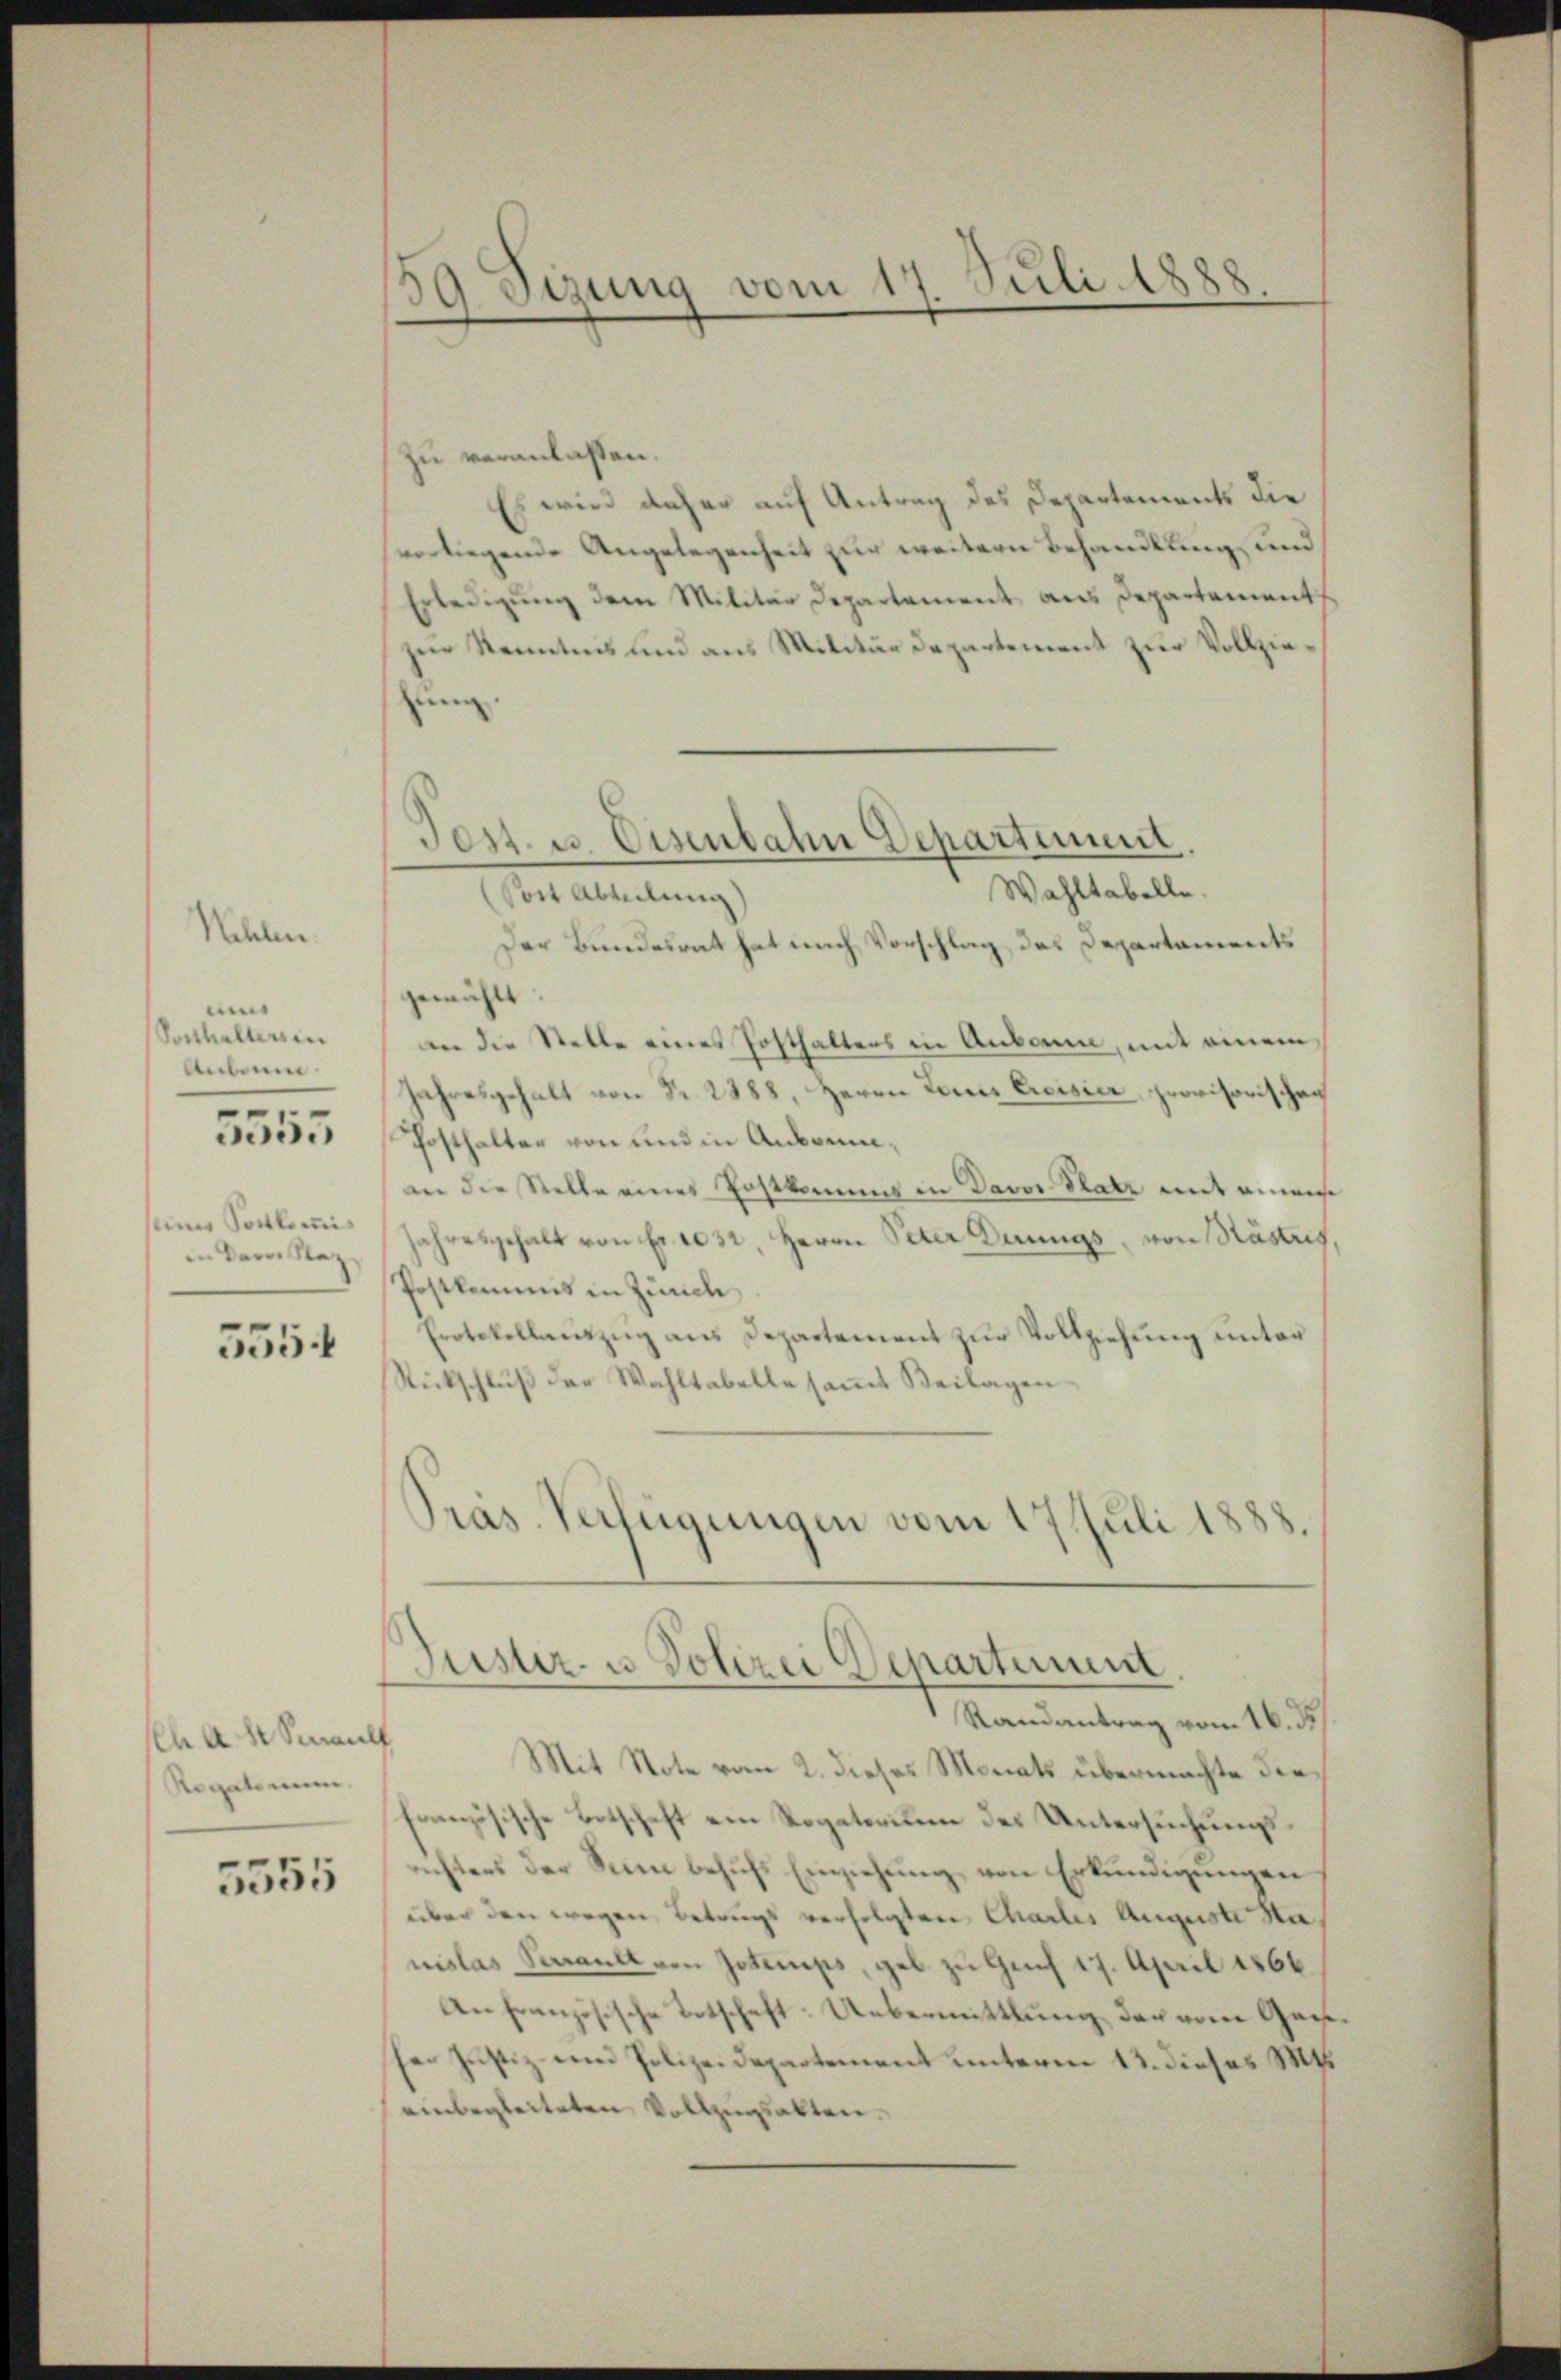
Wehlen.
ui
Posthalters in
Anbaum
5555
seiner Sortkommis
in der Plaz

5554

ch an Saul
Rogatorum.

5555

59 Sizung vom 17. Juli 1888

zu veranlassen.
Es wird daher auf Antrag des Departements die
vorliegende Angelegenheit zur weitern Behandlung und
Erledigŭng dem Militär Departement aus Departement
zur Kenntnis und aus Militärdepartement zur Vollziezung.
Wahltabelle.
(Post Abteilung)
Der Bundesrat hat nach Vorschlag, das Departaments
gewichte
an die Stelle eines Posthalters in Anbaun, mit einem
Jahresgehalt von Nr. 2388, Herrn Louis Ereisier, provisorischer
Posthalter von und in Anbrennin die Stelle eines Postkommung in Davor Satz mit einaus
Jahresgehalt von Fr. 1032, Herrn Peter Dirungs von Kästers,
Postkommis in Zürich
Protokollaŭszŭg aŭs Departement zŭr Vollziehŭng ŭnter
Rückschlŭβ der Wahltabelle saṁt Beilagen
Präs. Verfügungen vom 17 Juli 1888.

Jost u. Eisenbahn Departement

Puster- u Polizei Departement.
Randantrag vom 16. ds.

Mit Note vom 2. dieses Monats übermachte diefanzösische Botschaft ein Rogatorium des Untersuchungsrichtens der Sinn behufs Einziehung von Erkundigungen
über den wegen Betrugs verfolgten Charlis Auguste Nanislas Serall von Zotemps, geb zu Gach 17. April 1866
An Französische Totschaft: Uebermittlung der vom Garteser Justiz- und Polizeidepartement unterm 12. dieses M.
einbegleiteten Vollzugsakten.